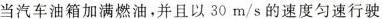
当汽车油箱加满燃油，并且以30m/s的速度匀速行驶